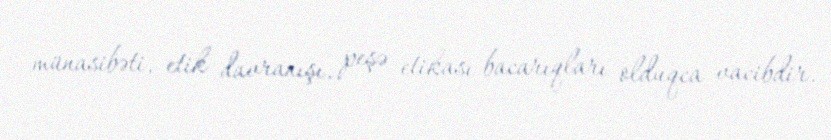
münasibəti, etik davranışı, peşə etikası bacarıqları olduqca vacibdir.